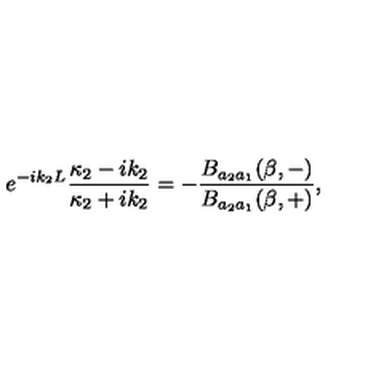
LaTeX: e ^ { - i k _ { 2 } L } \frac { \kappa _ { 2 } - i k _ { 2 } } { \kappa _ { 2 } + i k _ { 2 } } = - \frac { B _ { a _ { 2 } a _ { 1 } } ( \beta , - ) } { B _ { a _ { 2 } a _ { 1 } } ( \beta , + ) } ,